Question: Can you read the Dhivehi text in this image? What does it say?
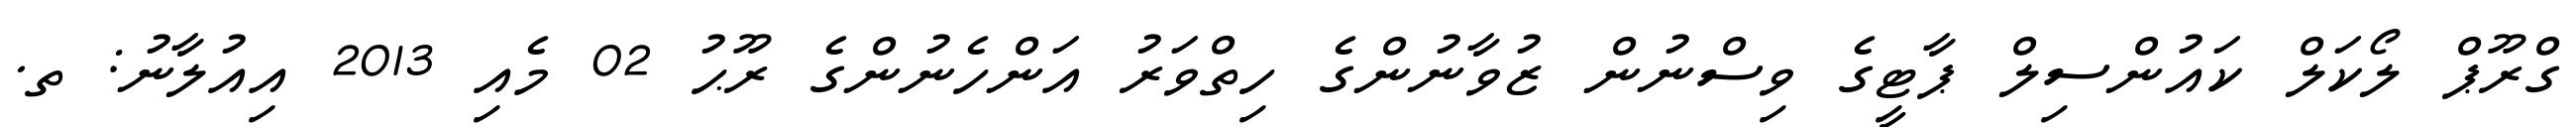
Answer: ގްރޫޕް ލޯކަލް ކައުންސިލް ޕާޓީގެ ވިސްނުން ޒުވާނުންގެ ހިތްވަރު އަންހެނުންގެ ރޫޙު 02 މެއި 2013 އިއުލާނު: ތ.